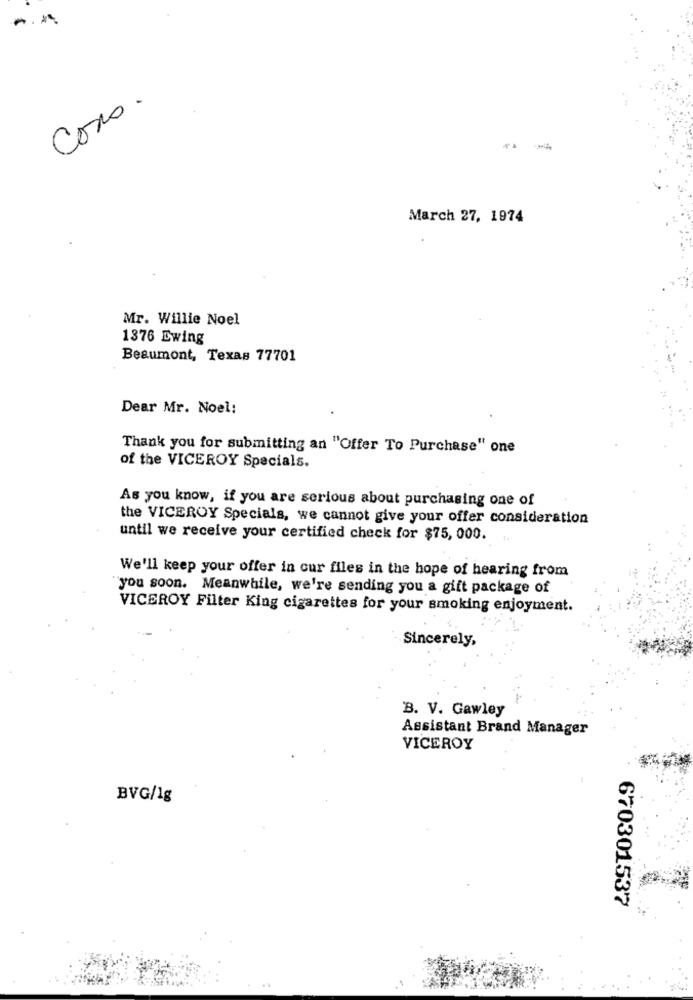
Cosa.
March 27, 1974
Mr. Willie Noel
1376 Ewing
Beaumont, Texas 77701
Dear Mr. Noel:
Thank you for submitting an "Offer To Purchase" one
of the VICEROY Specials.
As you know, if you are serious about purchasing one of
the VICEROY Specials, we cannot give your offer consideration
until we receive your certified check for $75, 000.
We'll keep your offer in cur files in the hope of hearing from
"you soon. Meanwhile, we're sending you a gift package of
VICEROY Filter King cigarettes for your smoking enjoyment.
Sincerely,
B. V. Gawley
Assistant Brand Manager
VICEROY
BVG/1g
670301537